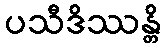
ပသီဒိဿန္တိ